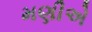
મણીએ